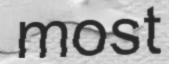
most